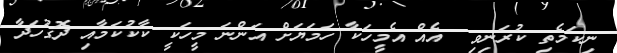
ނިކަމެތި ކުރަނިވި  އެއް އެމީހަކާ ހަމަޔަށް އަންނަ މީހަކީ ކާކުކަމާއި ދޮގުހަދާ